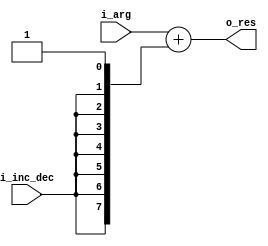
`default_nettype none

module inc_dec (i_inc_dec, i_arg, o_res);
  parameter c_arg_width = 8;
  input  wire i_inc_dec;
  input  wire [c_arg_width - 1 : 0] i_arg;
  output wire [c_arg_width - 1 : 0] o_res;

  assign o_res = i_arg + {{(c_arg_width - 1){i_inc_dec}}, 1'b1};
endmodule